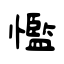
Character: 懢